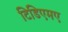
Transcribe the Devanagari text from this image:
टिडिएमए